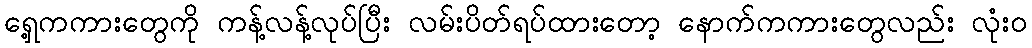
ရှေ့ကကားတွေကို ကန့်လန့်လုပ်ပြီး လမ်းပိတ်ရပ်ထားတော့ နောက်ကကားတွေလည်း လုံးဝ